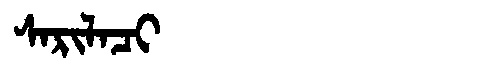
Manchu: ᠰᠠᡵᡳᠯᠠᠴᡳ
Romanization: SARILACI